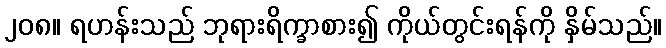
၂၀၈။ ရဟန်းသည် ဘုရားရိက္ခာစား၍ ကိုယ်တွင်းရန်ကို နှိမ်သည်။